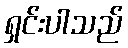
ရှင်းပါသည်